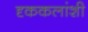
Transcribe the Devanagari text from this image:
दृककलांशी